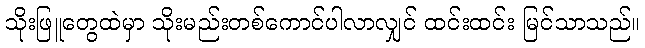
သိုးဖြူတွေထဲမှာ သိုးမည်းတစ်ကောင်ပါလာလျှင် ထင်းထင်း မြင်သာသည်။